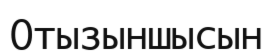
Отызыншысын